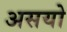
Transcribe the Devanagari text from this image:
असयो